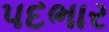
પદભાર